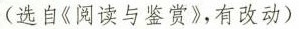
(选自《阅读与鉴赏》，有改动)